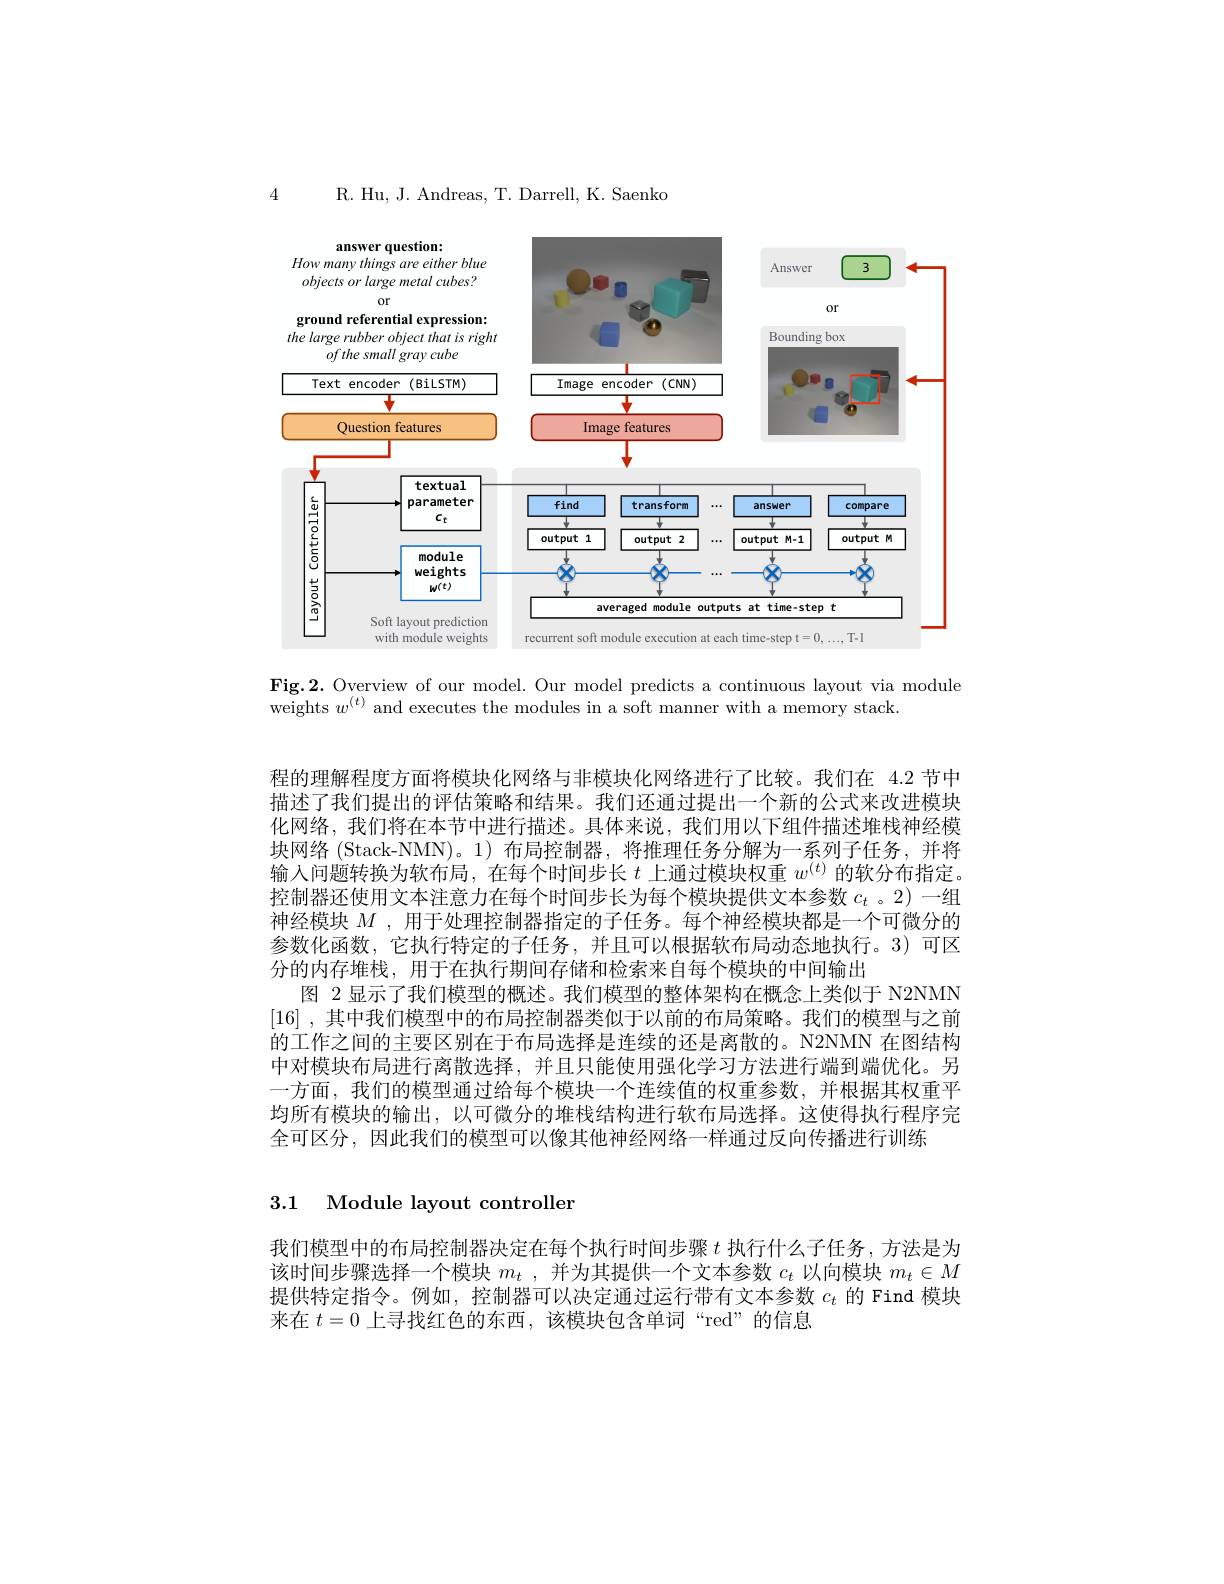
R. Hu, J. Andreas, T. Darrell, K. Saenko

4

<FigureHere>

Fig.2. Overview of our model. Our model predicts a continuous layout via module
weights $w^(t)$ and executes the modules in a soft manner with a memory stack.

程的理解程度方面将模块化网络与非模块化网络进行了比较。我们在 4.2 节中描述了我们提出的评估策略和结果。我们还通过提出一个新的公式来改进模块化网络，我们将在本节中进行描述。具体来说，我们用以下组件描述堆栈神经模块网络 (Stack-NMN)。1) 布局控制器，将推理任务分解为一系列子任务，并将输入问题转换为软布局，在每个时间步长$t$上通过模块权重$w^(t)$的软分布指定。控制器还使用文本注意力在每个时间步长为每个模块提供文本参数$c_t$ 。2) 一组神经模块$M$ , 用于处理控制器指定的子任务。每个神经模块都是一个可微分的参数化函数，它执行特定的子任务，并且可以根据软布局动态地执行。3)可区分的内存堆栈，用于在执行期间存储和检索来自每个模块的中间输出
图 2 显示了我们模型的概述。我们模型的整体架构在概念上类似于 N2NMN [16] , $其 中 我 们 模 型 中 的 布 局 控 制 器 类 似 于 以 前 的 布 局 策 略 。我 们 的 模 型 与 之 前$ 的工作之间的主要区别在于布局选择是连续的还是离散的。N2NMN 在图结构中对模块布局进行离散选择，并且只能使用强化学习方法进行端到端优化。另一方面，我们的模型通过给每个模块一个连续值的权重参数，并根据其权重平均所有模块的输出，以可微分的堆栈结构进行软布局选择。这使得执行程序完全可区分，因此我们的模型可以像其他神经网络一样通过反向传播进行训练

3.1 Module layout controller

我们模型中的布局控制器决定在每个执行时间步骤$t$执行什么子任务，方法是为该时间步骤选择一个模块$m_t$ ,并为其提供一个文本参数$c_t$以向模块$m_t\in M$ 提供特定指令。例如，控制器可以决定通过运行带有文本参数$c_t$的 Find 模块来在$t=0$上寻找红色的东西，该模块包含单词“red”的信息